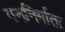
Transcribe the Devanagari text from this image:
गननिर्माता